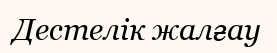
Дестелік жалғау